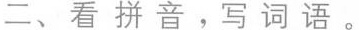
二、看拼音，写词语。